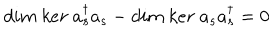
d i m \ k e r \ a _ { s } ^ { \dagger } a _ { s } - d i m \ k e r \ a _ { s } a _ { s } ^ { \dagger } = 0